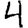
Digit: 4